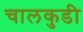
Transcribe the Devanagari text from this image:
चालकुडी